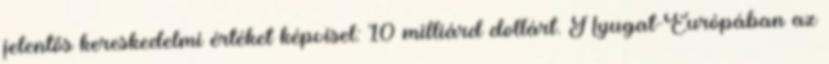
jelentős kereskedelmi értéket képvisel: 10 milliárd dollárt. Nyugat-Európában az